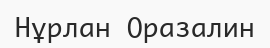
Нұрлан Оразалин